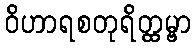
ဝိဟာရစတုရိတ္ထမ္ဗာ